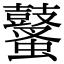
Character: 鼜